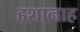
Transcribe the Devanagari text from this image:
हशानाह